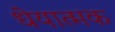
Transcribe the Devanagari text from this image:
धेयात्मक